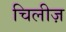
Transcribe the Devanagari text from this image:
चिलीज़